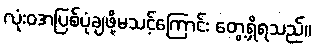
လုံးဝအပြစ်ပုံချဖို့မသင့်ကြောင်း တွေ့ရှိရသည်။